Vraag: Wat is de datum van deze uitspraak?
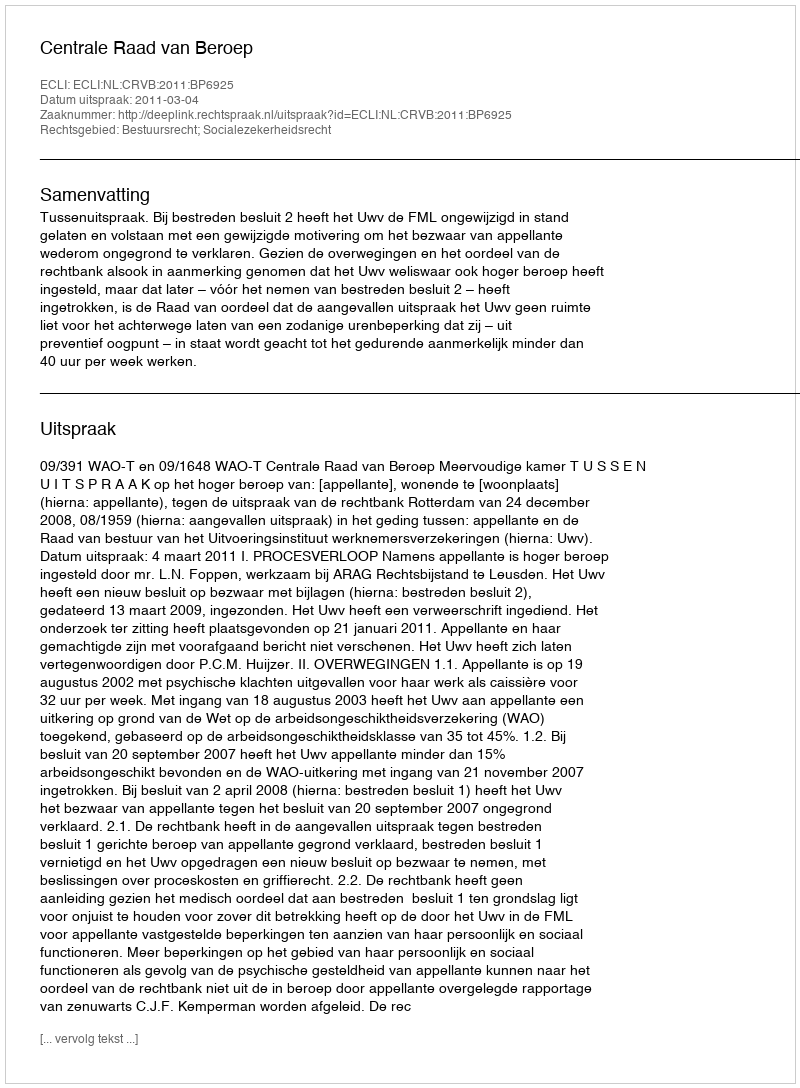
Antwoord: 2011-03-04